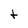
Character: t